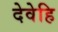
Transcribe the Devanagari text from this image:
देवेहि